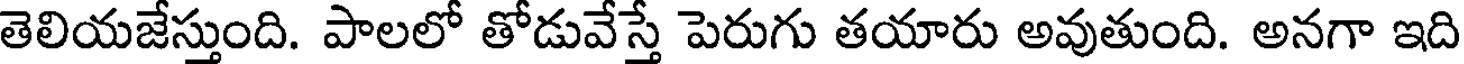
తెలియజేస్తుంది. పాలలో తోడువేస్తే పెరుగు తయారు అవుతుంది. అనగా ఇది